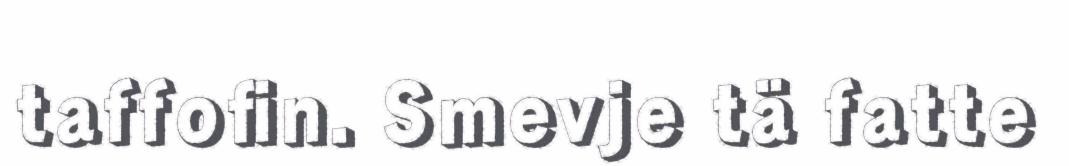
taffofin. Smevje tä fatte